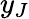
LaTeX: y_{J}